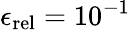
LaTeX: \epsilon_{\mathrm{rel}}=10^{-1}